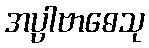
အပ္ပါဗာဓေသု